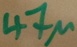
Text: 47µ